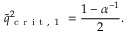
\tilde { q } _ { \mathrm { ~ c ~ r ~ i ~ t ~ , ~ 1 ~ } } ^ { 2 } = \frac { 1 - \alpha ^ { - 1 } } { 2 } .